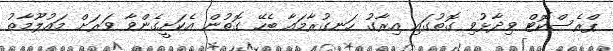
ޕްރެސްކޮޓް ވިދާޅުވި ގޮތުގައި އިރާގު ހަނގުރާމައާ ބެހޭ ގޮތުން އެކަށީގެންވާ ވަރަށް މައުލޫމާތު